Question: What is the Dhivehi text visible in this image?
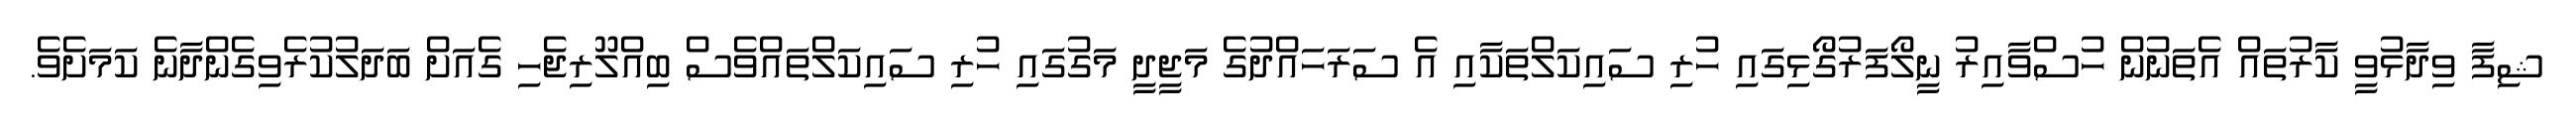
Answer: ޝިފާ ވިދާޅުވީ ކާރުތައް އެތަނުން ހުސްވާއިރު ނީލޯފަރުގޯޅިގައި ހުރި ސައިކަލްތަކާއި އެ ސަރަހައްދުގެ މަޖީދީ މަގުގައި ހުރި ސައިކަލްތައްވެސް ބިއްލޫރިޖެހި ގެއަށް ބަދަލުކުރެވިގެންދާނެ ކަމަށެވެ.